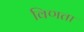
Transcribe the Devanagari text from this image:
विणता